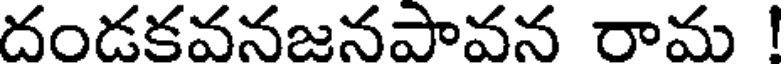
దండకవనజనపావన రామ !